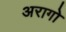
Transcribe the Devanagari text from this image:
अरागो